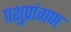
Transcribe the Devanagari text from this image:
पशुप्रांगण